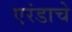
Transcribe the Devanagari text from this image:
एरंडाचे